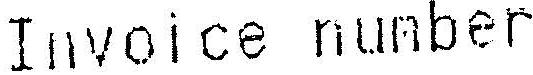
INVOICE NUMBER